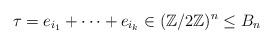
LaTeX: \begin{align*}\tau = e_{i_1} + \dots + e_{i_k} \in (\mathbb Z/ 2 \mathbb Z)^n \leq B_n\end{align*}